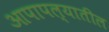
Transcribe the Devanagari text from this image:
आपापल्यातील